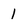
Character: 1